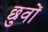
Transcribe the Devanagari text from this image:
छुवों